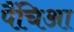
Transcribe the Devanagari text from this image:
पैंचिआ